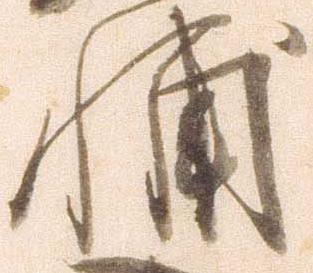
輔